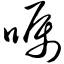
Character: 嗫